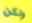
ولكن